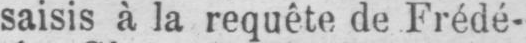
saisis à la requête de Frédé-